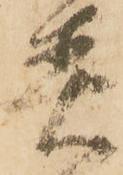
着